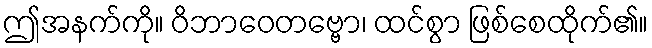
ဤအနက်ကို။ ဝိဘာဝေတဗ္ဗော၊ ထင်စွာ ဖြစ်စေထိုက်၏။